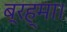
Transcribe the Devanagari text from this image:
ब्रह्मा।